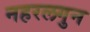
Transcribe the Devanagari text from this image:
नहरलगुन